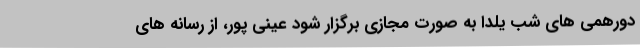
دورهمی های شب یلدا به صورت مجازی برگزار شود عینی پور، از رسانه های